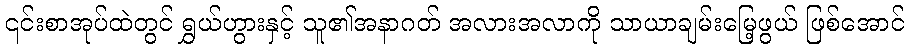
၎င်းစာအုပ်ထဲတွင် ရွှယ်ဟွားနှင့် သူ၏အနာဂတ် အလားအလာကို သာယာချမ်းမြေ့ဖွယ် ဖြစ်အောင်